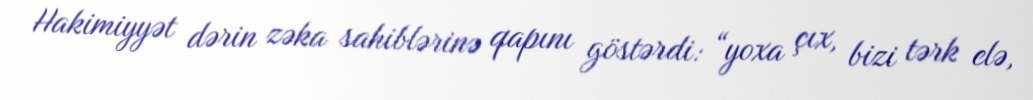
Hakimiyyət dərin zəka sahiblərinə qapını göstərdi: “yoxa çıx, bizi tərk elə,